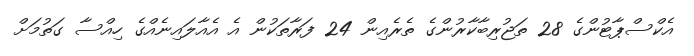
އެކްސްޕާޓުންގެ 28 ތަޖުރިބާކާރުންގެ ތެރެއިން 24 ފަރާތަކުން އެ އެއާލައިނެއްގެ ހިއްސާ ގަތުމަށް